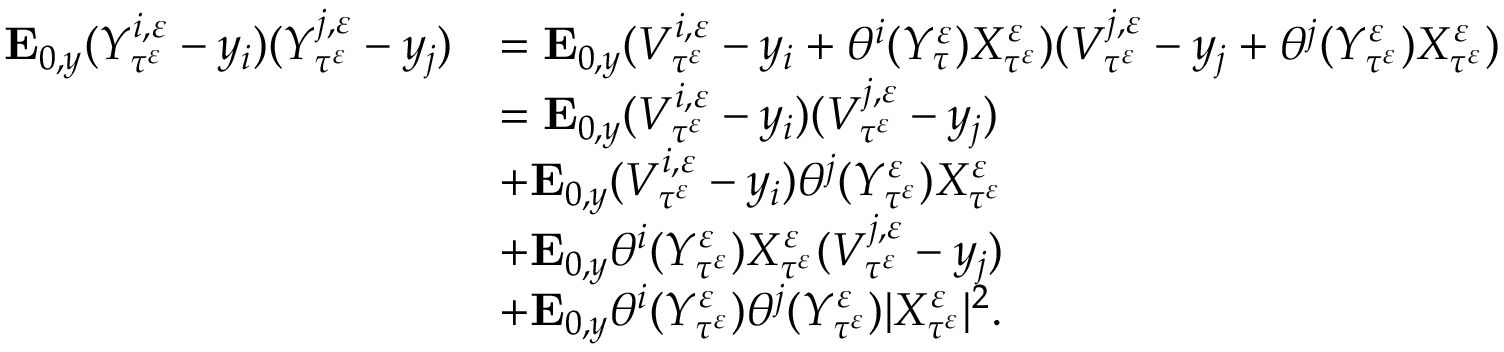
\begin{array} { r l } { \mathbf { E } _ { 0 , y } ( Y _ { \tau ^ { \varepsilon } } ^ { i , \varepsilon } - y _ { i } ) ( Y _ { \tau ^ { \varepsilon } } ^ { j , \varepsilon } - y _ { j } ) } & { = \mathbf { E } _ { 0 , y } ( V _ { \tau ^ { \varepsilon } } ^ { i , \varepsilon } - y _ { i } + \theta ^ { i } ( Y _ { \tau } ^ { \varepsilon } ) X _ { \tau ^ { \varepsilon } } ^ { \varepsilon } ) ( V _ { \tau ^ { \varepsilon } } ^ { j , \varepsilon } - y _ { j } + \theta ^ { j } ( Y _ { \tau ^ { \varepsilon } } ^ { \varepsilon } ) X _ { \tau ^ { \varepsilon } } ^ { \varepsilon } ) } \\ & { = \mathbf { E } _ { 0 , y } ( V _ { \tau ^ { \varepsilon } } ^ { i , \varepsilon } - y _ { i } ) ( V _ { \tau ^ { \varepsilon } } ^ { j , \varepsilon } - y _ { j } ) } \\ & { + \mathbf { E } _ { 0 , y } ( V _ { \tau ^ { \varepsilon } } ^ { i , \varepsilon } - y _ { i } ) \theta ^ { j } ( Y _ { \tau ^ { \varepsilon } } ^ { \varepsilon } ) X _ { \tau ^ { \varepsilon } } ^ { \varepsilon } } \\ & { + \mathbf { E } _ { 0 , y } \theta ^ { i } ( Y _ { \tau ^ { \varepsilon } } ^ { \varepsilon } ) X _ { \tau ^ { \varepsilon } } ^ { \varepsilon } ( V _ { \tau ^ { \varepsilon } } ^ { j , \varepsilon } - y _ { j } ) } \\ & { + \mathbf { E } _ { 0 , y } \theta ^ { i } ( Y _ { \tau ^ { \varepsilon } } ^ { \varepsilon } ) \theta ^ { j } ( Y _ { \tau ^ { \varepsilon } } ^ { \varepsilon } ) | X _ { \tau ^ { \varepsilon } } ^ { \varepsilon } | ^ { 2 } . } \end{array}